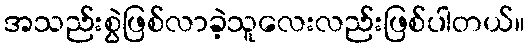
အသည်းစွဲဖြစ်လာခဲ့သူလေးလည်းဖြစ်ပါတယ်။